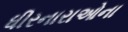
ધીરનારાઓના